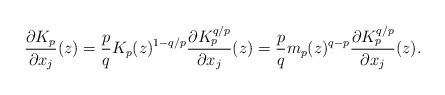
LaTeX: \begin{align*}\frac{\partial{K_p}}{\partial{x_j}}(z)=\frac{p}{q}K_p(z)^{1-q/p}\frac{\partial{K_p^{q/p}}}{\partial{x_j}}(z)=\frac{p}{q}m_p(z)^{q-p}\frac{\partial{K_p^{q/p}}}{\partial{x_j}}(z).\end{align*}